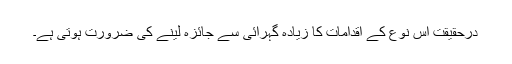
درحقیقت اس نوع کے اقدامات کا زیادہ گہرائی سے جائزہ لینے کی ضرورت ہوتی ہے۔